Vaccination in Burma 1912-1922 - 1912-1922
Year: 1912
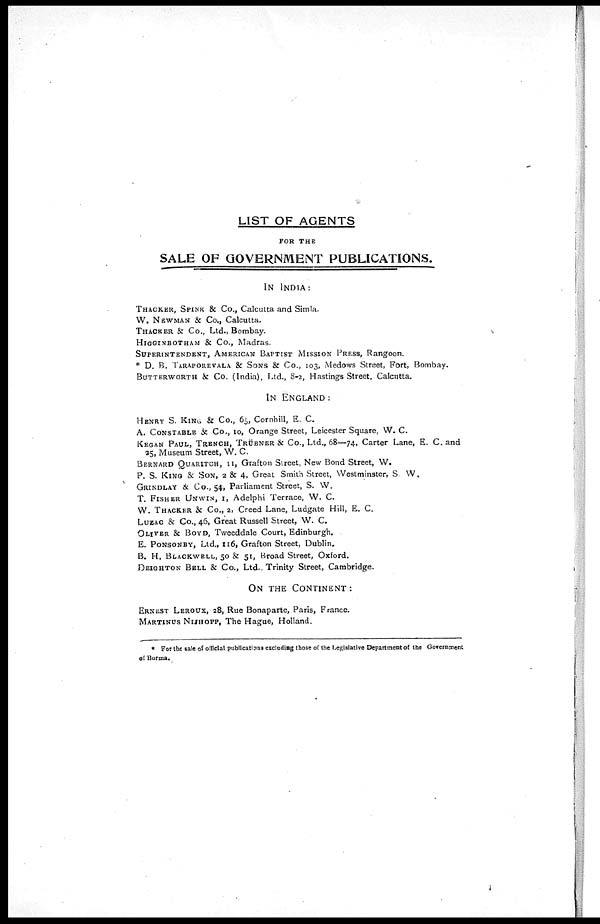
LIST OF AGENTS
FOR THE
SALE OF GOVERNMENT PUBLICATIONS.
IN INDIA:
THACKER, SPINK & Co., Calcutta and Simla.
W. NEWMAN & Co., Calcutta.
THACKER & Co., Ltd., Bombay.
HIGGINBOTHAM & Co., Madras.
SUPERINTENDENT, AMERICAN BAPTIST MISSION PRESS, Rangoon.
* D. B. TARAPOREVALA & SONS & Co., 103, Medows Street, Fort, Bombay.
BUTTERWORTH & Co. (India), Ltd., 8-2, Hastings Street, Calcutta.
IN ENGLAND:
HENRY S. KING & Co., 65, Cornhill, E. C.
A. CONSTABLE & Co., 10, Orange Street, Leicester Square, W. C.
KEGAN PAUL, TRENCH, TRÜBNER & Co., Ltd., 68—74, Carter Lane, E. C. and
25, Museum Street, W. C.
BERNARD QUARITCH, II, Grafton Street, New Bond Street, W.
P. S. KING & SON, 2 & 4, Great Smith Street, Westminster, S W.
GRINDLAY & Co., 54, Parliament Street, S. W.
T. FISHER UNWIN, I, Adelphi Terrace, W. C.
W. THACKER & Co., 2, Creed Lane, Ludgate Hill, E. C.
LUZAC & Co., 46, Great Russell Street, W. C.
OLIVER & BOYD, Tweeddale Court, Edinburgh.
E. PONSONBY Ltd., 116, Grafton Street, Dublin.
B. H. BLACKWELL, 50 & 51, Broad Street, Oxford.
DEIGHTON BELL & Co., Ltd., Trinity Street, Cambridge.
ON THE CONTINENT:
ERNEST LEROUX, 28, Rue Bonaparte, Paris, France.
MARTINUS NIJHOFF, The Hague, Holland.
* For the sale of official publications excluding those of the Legislative Department of the Government
of Burma.